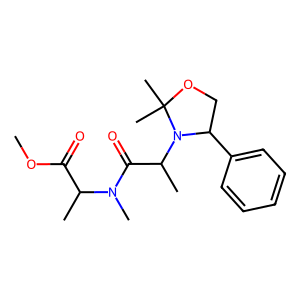
SMILES: COC(=O)C(C)N(C)C(=O)C(C)N1C(c2ccccc2)COC1(C)C
Inhibits HIV replication: No